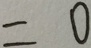
= 0